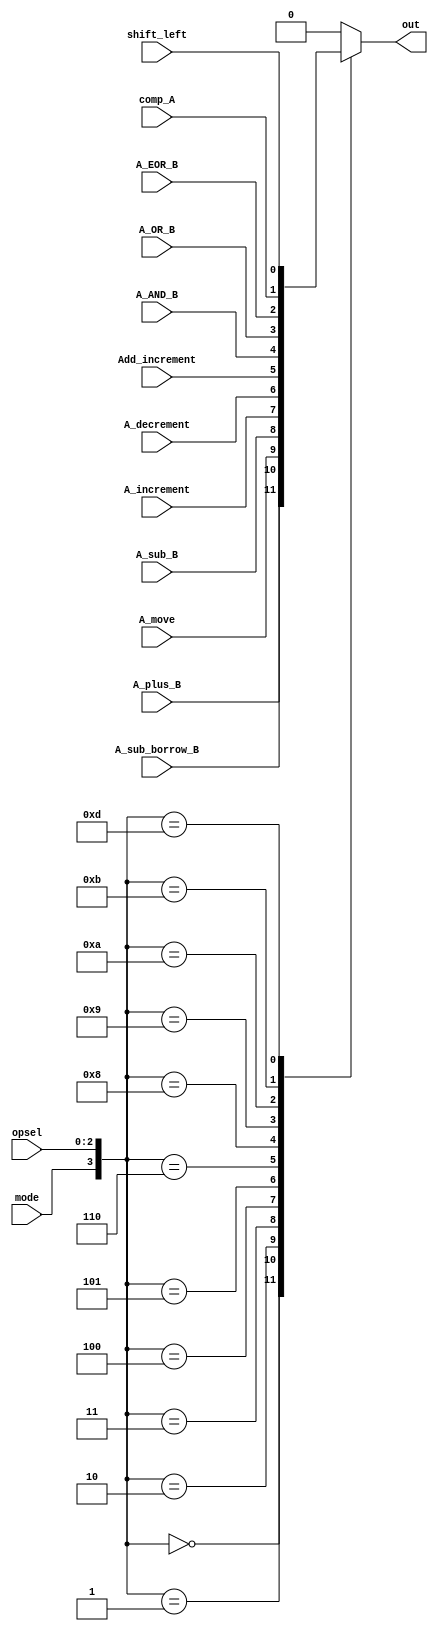
module mux_All(A_plus_B, A_sub_borrow_B, A_move, A_sub_B, A_increment, A_decrement, Add_increment, A_AND_B, A_OR_B, A_EOR_B, comp_A, shift_left, opsel, mode, out);
    input A_plus_B, A_sub_borrow_B, A_move, A_sub_B, A_increment, A_decrement, Add_increment, A_AND_B, A_OR_B, A_EOR_B, comp_A, shift_left, mode;
    input [2:0] opsel;
    output out;

    reg temp;
    
    always @ (mode or opsel)
    begin
        case({mode, opsel})
            4'b0000:
                temp = A_plus_B;
            4'b0001:
                temp = A_sub_borrow_B;
            4'b0010:
                temp = A_move;
            4'b0011:
                temp = A_sub_B;
            4'b0100:
                temp = A_increment;
            4'b0101:
                temp = A_decrement;
            4'b0110:
                temp = Add_increment;
            4'b1000:
                temp = A_AND_B;
            4'b1001:
                temp = A_OR_B;
            4'b1010:
                temp = A_EOR_B;
            4'b1011:
                temp = comp_A;
            4'b1101:
                temp = shift_left;
            default:
                temp = 1'b0;
       endcase
             
    end
    assign out = temp;
endmodule